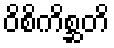
ဝိစိကိစ္ဆတိ